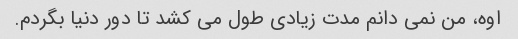
اوه، من نمی دانم مدت زیادی طول می کشد تا دور دنیا بگردم.